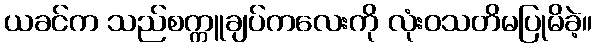
ယခင်က သည်စက္ကူချပ်ကလေးကို လုံးဝသတိမပြုမိခဲ့။